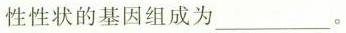
性性状的基因组成为___。